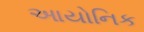
આયોનિક